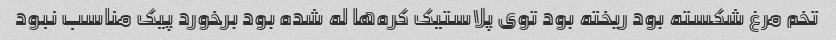
تخم مرغ شکسته بود ریخته بود توی پلاستیک کره‌ها له شده بود برخورد پیک مناسب نبود